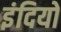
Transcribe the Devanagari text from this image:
इंदियों